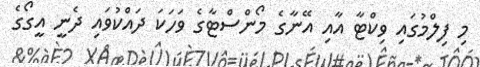
މި ފިލްމުގައި ވިކްޓާ އާއި އޭނާގެ މޯންސްޓާގެ ވަހަކަ ދައްކުވައި ދެނީ އީގޯގެ